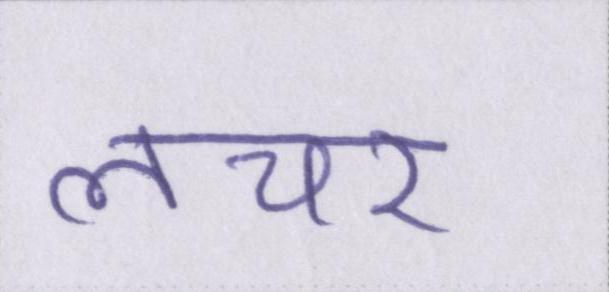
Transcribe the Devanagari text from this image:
लचर